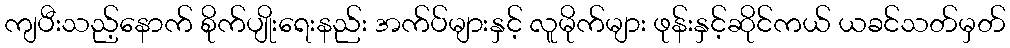
ကျပီးသည့်နောက် စိုက်ပျိုးရေးနည်း အက်ပ်များနှင့် လူမိုက်များ ဖုန်းနှင့်ဆိုင်ကယ် ယခင်သတ်မှတ်